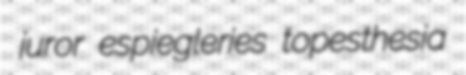
juror espiegleries topesthesia